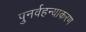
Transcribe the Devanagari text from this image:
पुनर्वहन्‍याकरण